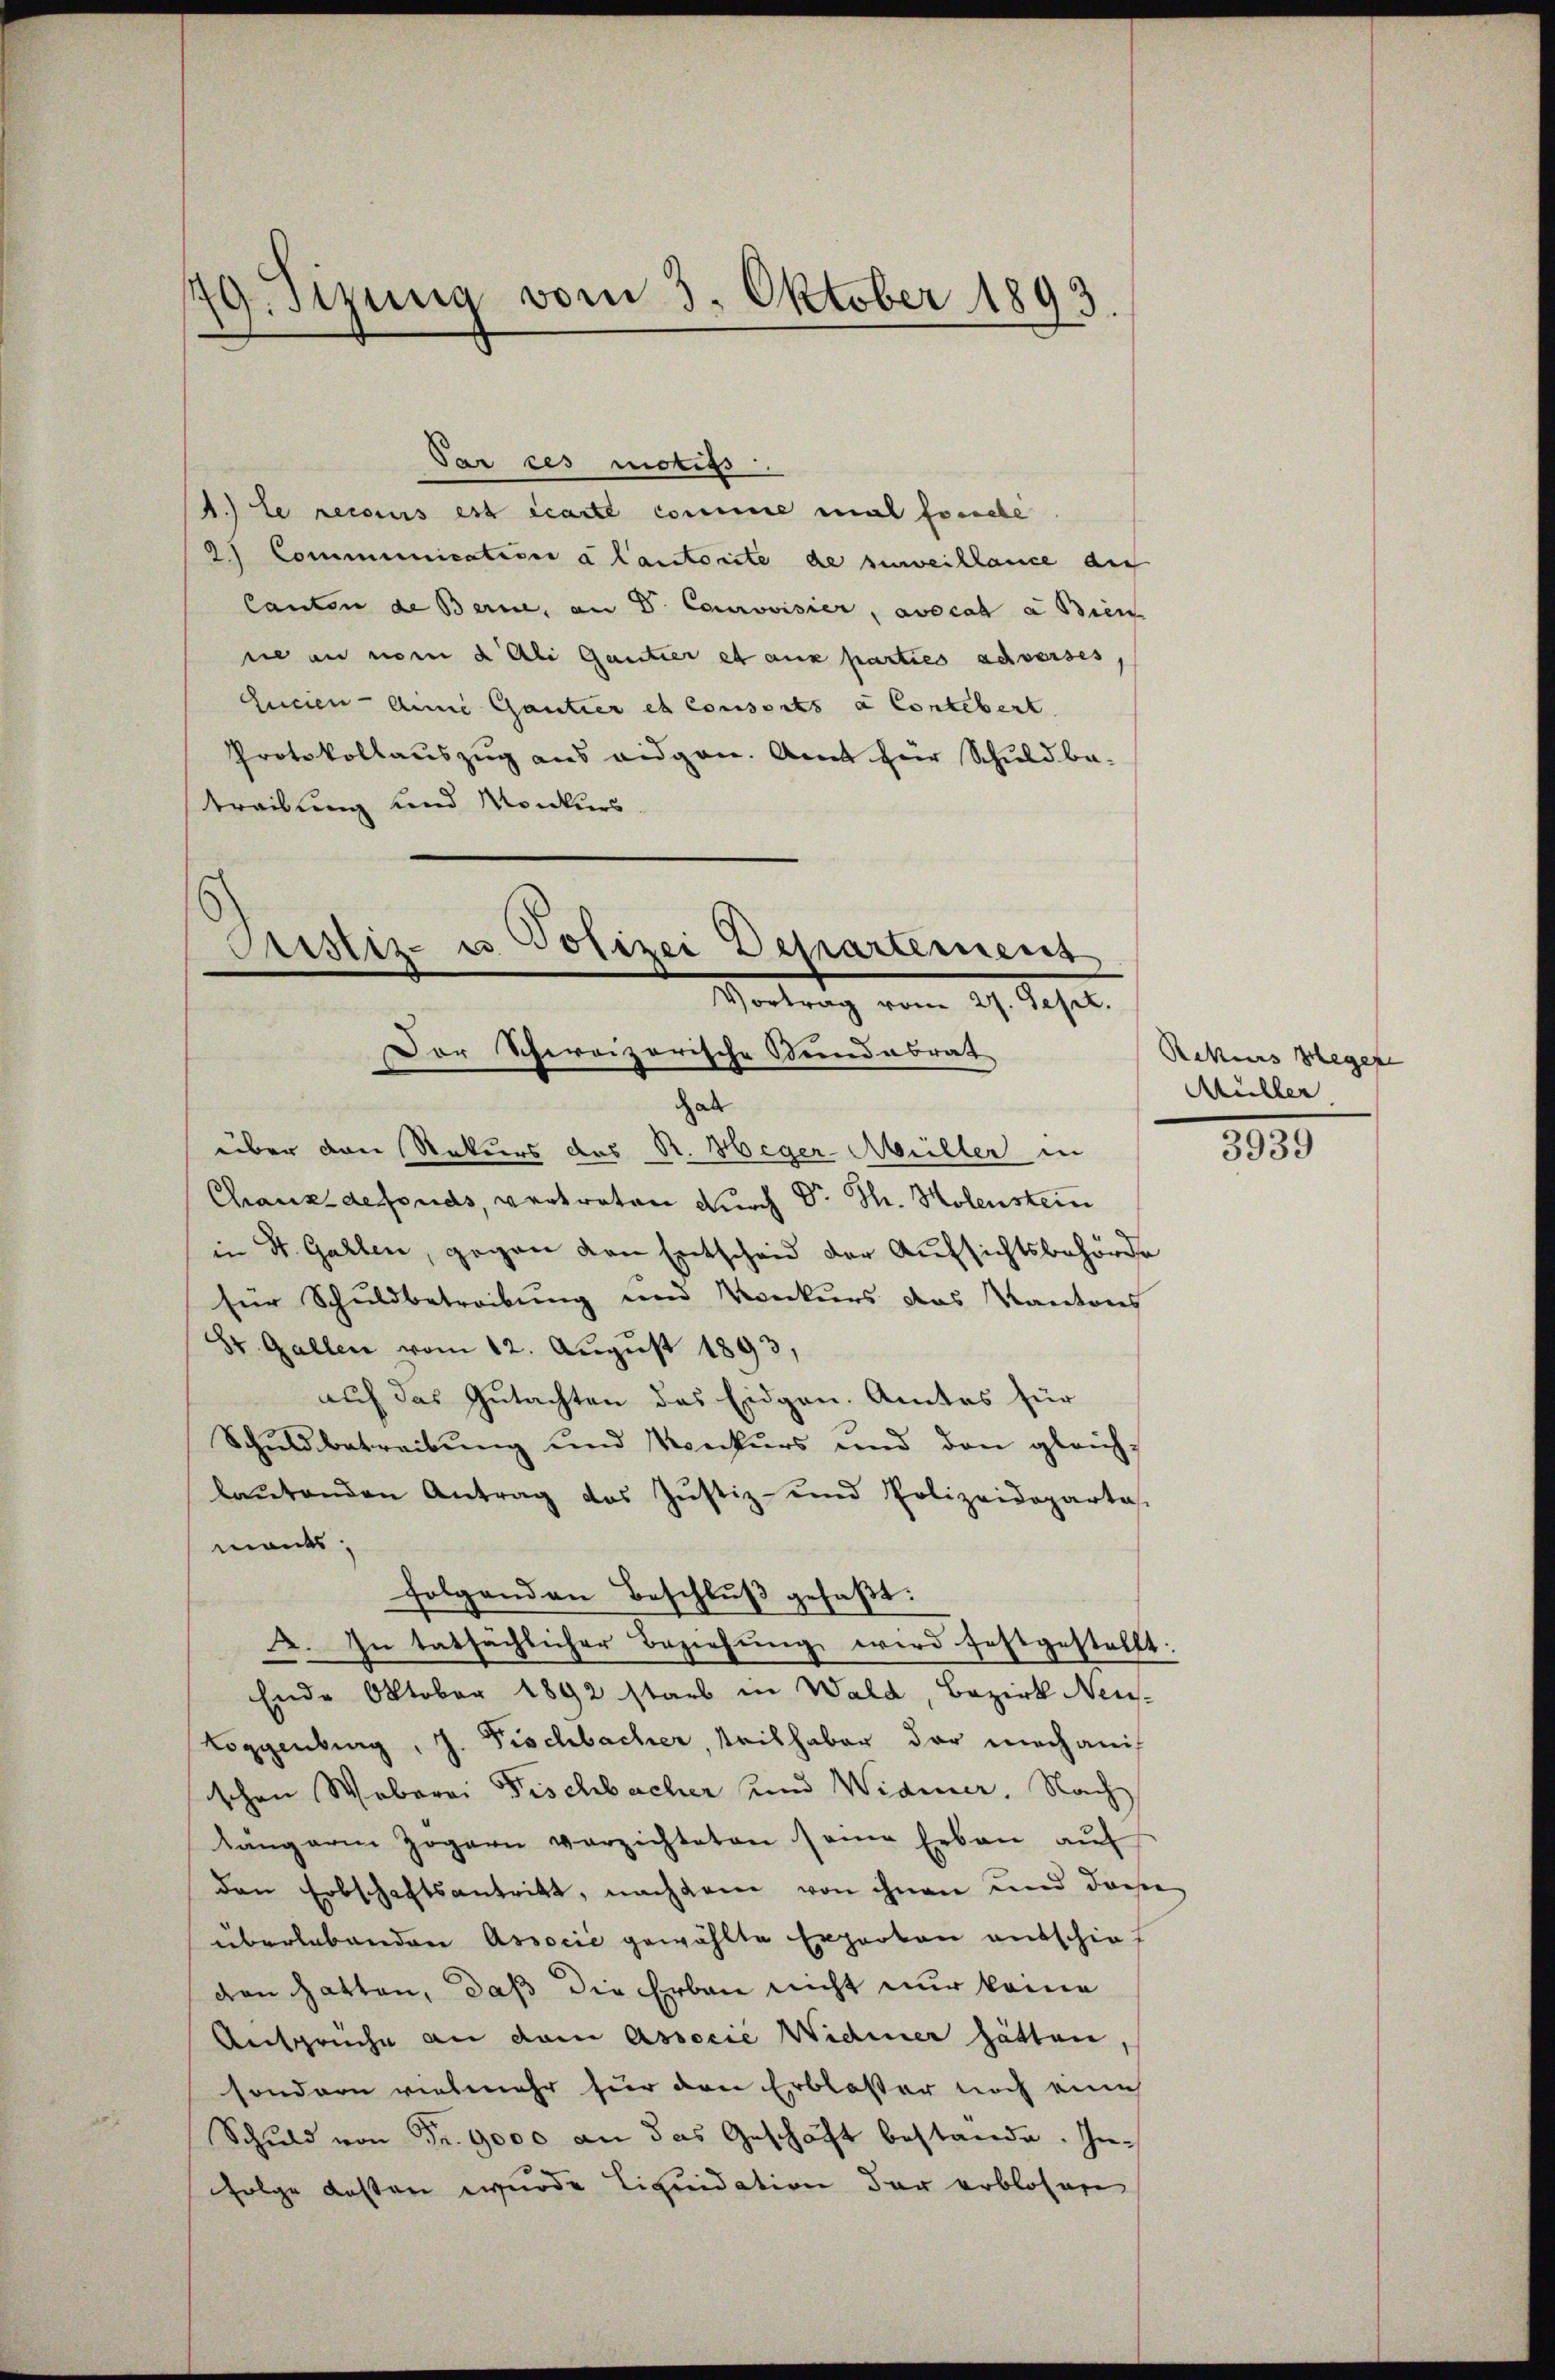
G.sizung vom 3. Oktober 1893.

Par ces motifs
1.) Le recours est écarte comme mal foncte
2.) Communication a lautorite de surveillance auf
Canton de Berne, an V. Courovisier, avocat a Bien
ne an nom d Ali Gantier et aux parties achverses
Aunen Annie Gantier et Consorts à Contebert
Protokollauszug aus eidgen. Amt für Schuld be-
treibung und Monkurs

Cristiz- u. Polizei Departement
Vortrag vom 27. Sept.
Der Schweizerische Stundabrat

halt
über von Rekurs des R. Heger-Müller in
Chaux-defonds, vertreten durch Dr. Th. Holenstein
in St. Gallen, gegen den Entscheid der Aufsichtsbehörde
für Schuldbetreibung und Konkurs das Kantons
St. Gallen vom 12. August 1893,
auf das Gutachten das Eidgen. Amtes für
Schuldbetreibung und Konkurs und den gleich-
baŭtenden Antrag des Jŭstiz- und Polizeidepartas
mants;
folgenden Beschlŭβ gefaßt:
2. In tatsächlicher Beziehung wird festgestellt:
Ende Oktober 1892 starb in Wald, Bezirk Neu-
Loggenburg, J. Fischbacher, teilhaber der mechanis
schen Weberei Fischbacher und Widmer. Nach
längern Zögern verzichteten seine Erben aŭf
den Erbschaftsantritt, nachdem von ihnen und dasse
überlebenden Associć gewählte Experten entschief
den hatten, daß die Erben nicht nur keine
Anspruche an dem Associé Widmer hätten,
sondern vielmehr für den Erblasser noch eine
Schuld von Fr. 9000 an das Geschäft bestande. Infolge dessen wurde Liquidation der erblosen

Rekurs schegese
Müller

3939